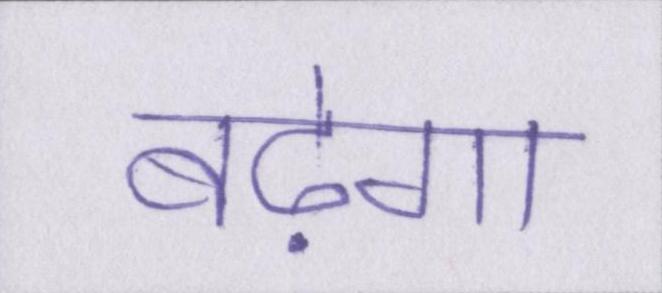
बढ़ेगा